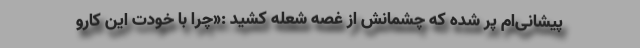
پیشانی‌ام پُر شده که چشمانش از غصه شعله کشید :«چرا با خودت این کارو